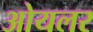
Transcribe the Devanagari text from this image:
ओयलर